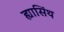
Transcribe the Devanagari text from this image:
ह्यासिंथ